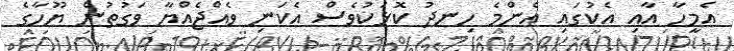
އެމީހާ އާއި އެކުގައި އެންމެ ހިނދު ކޮޅަކުވެސް އެކަނި ވެއްޖެއްޔާ ވަގުތުން ޔޫހާގެ